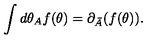
\int d \theta _ { A } f ( \theta ) = \partial _ { \bar { A } } ( f ( \theta ) ) .